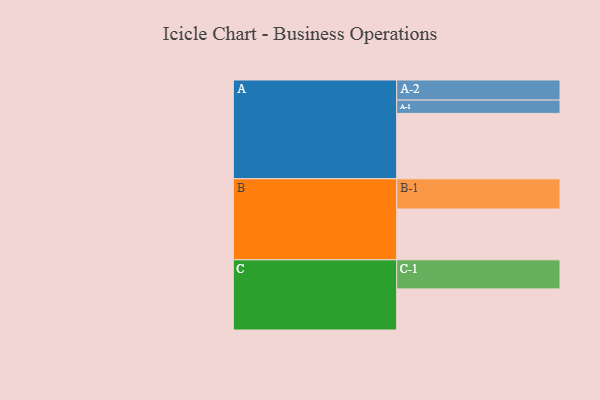
{"axis": {"x": "Segment", "y": "Value"}, "legend": ["", "A", "B", "C"], "data": [{"x": "A", "y": 560, "type": ""}, {"x": "B", "y": 435, "type": ""}, {"x": "C", "y": 352, "type": ""}, {"x": "A-1", "y": 114, "type": "A"}, {"x": "A-2", "y": 172, "type": "A"}, {"x": "B-1", "y": 259, "type": "B"}, {"x": "C-1", "y": 249, "type": "C"}]}